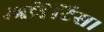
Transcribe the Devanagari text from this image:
अप्रेंटिस।